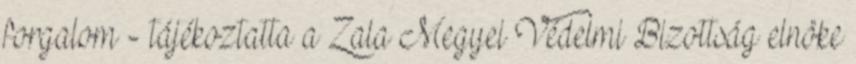
forgalom - tájékoztatta a Zala Megyei Védelmi Bizottság elnöke